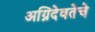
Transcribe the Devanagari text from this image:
अग्निदेवतेचे